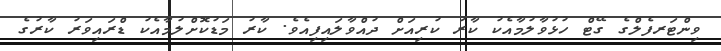
ވިންޓަރފެލްގެ ގޭޓް ހުޅުވާލުމާއެކު ކާރު ކުރިއަށް ދުއްވާލައިފިއެވެ. ކާރު މަޑުކޮށްލުމާއެކު ޑްރައިވަރު ކާރުގެ